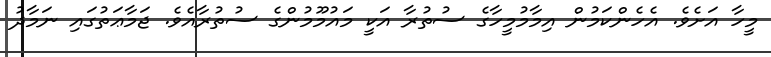
މީހާ އަށެވެ. އެހެންކަމުން އިމާމުމީހާގެ ސުތުރާ އަކީ މައުމޫމުންގެ ސުތުރާއެވެ. ޖަމާޢަތުގައި ނަމާދު